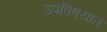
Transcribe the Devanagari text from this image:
उपविषयात